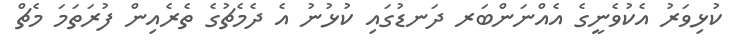
ކުޅިވަރު އެކުވެނީގެ އެއްނަންބަރ ދަނޑުގައި ކުޅުނު އެ ދެމެޗުގެ ތެރެއިން ފުރަތަމަ މެޗް